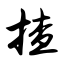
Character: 揸